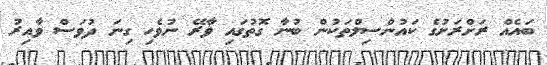
ބައެއް ރަށްރަށުގެ ކައުންސިލްތަކުން ބުނާ ގޮތުގައި ވާރޭ ނުވެހި ގިނަ ދުވަސް ވާއިރު